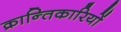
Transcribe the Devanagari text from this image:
क्रान्‍तिकारियों